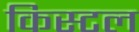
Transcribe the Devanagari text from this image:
किस्टल